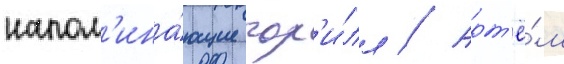
напом'ина́ющие гор'и́лл // Арт'ё́м